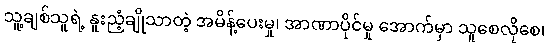
သူ့ချစ်သူရဲ့ နူးညံ့ချိုသာတဲ့ အမိန့်ပေးမှု၊ အာဏာပိုင်မှု အောက်မှာ သူစေလိုစေ၊